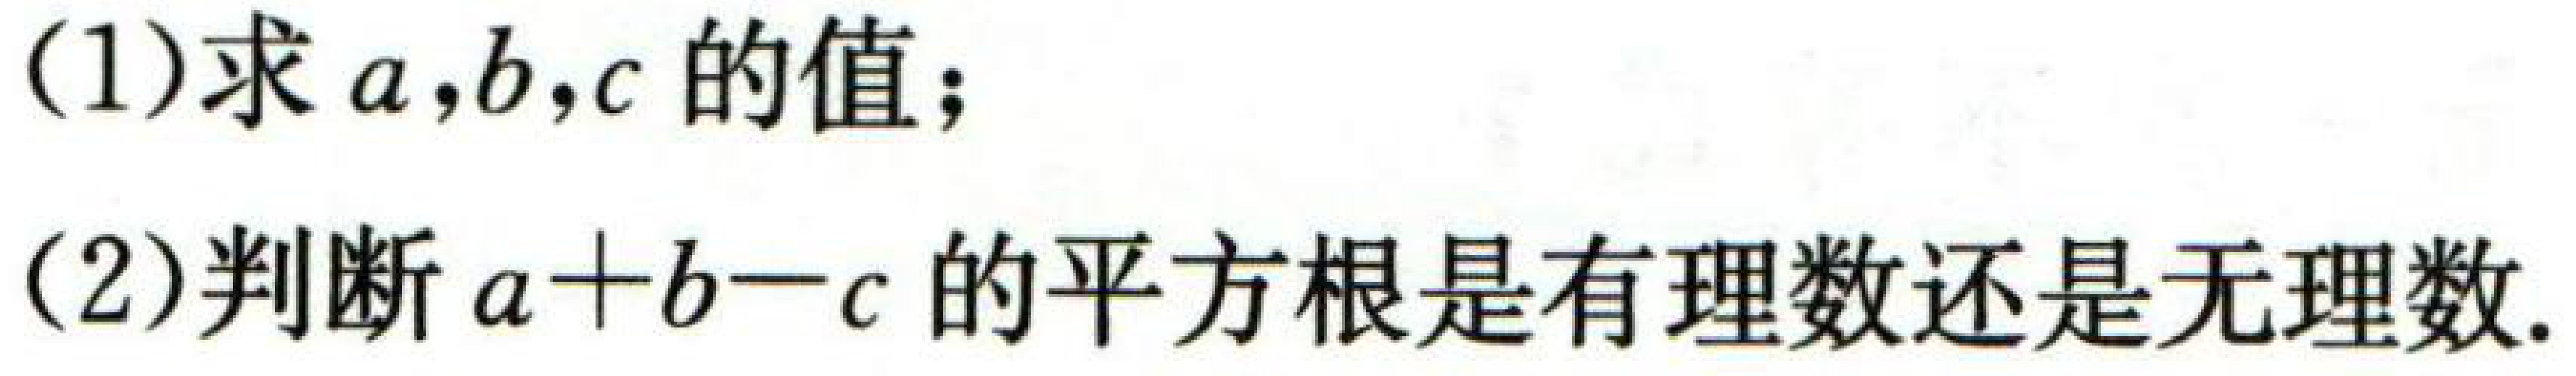
(1)求\(a,b,c\)的值；

(2)判断\(a + b - c\)的平方根是有理数还是无理数.